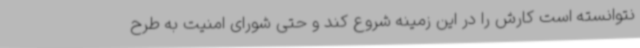
نتوانسته است کارش را در این زمینه شروع کند و حتی شورای امنیت به طرح